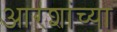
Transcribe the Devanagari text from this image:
आरशांच्या